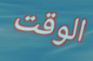
الوقت